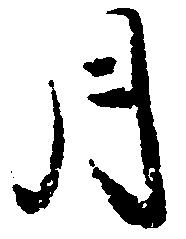
月